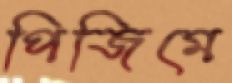
পিজিমে